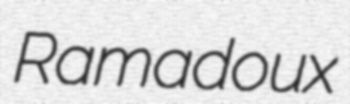
Ramadoux